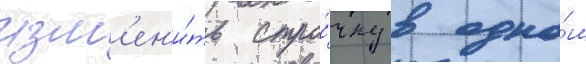
изм'ен'и́ть стро́чку в одно́м